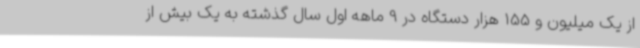
از یک میلیون و 155 هزار دستگاه در 9 ماهه اول سال گذشته به یک بیش از